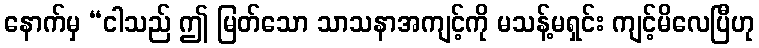
နောက်မှ “ငါသည် ဤ မြတ်သော သာသနာအကျင့်ကို မသန့်မရှင်း ကျင့်မိလေပြီဟု